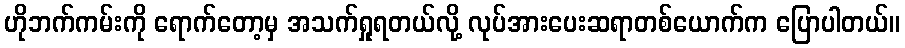
ဟိုဘက်ကမ်းကို ရောက်တော့မှ အသက်ရှုရတယ်လို့ လုပ်အားပေးဆရာတစ်ယောက်က ပြောပါတယ်။